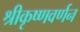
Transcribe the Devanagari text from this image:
श्रीकृष्णवर्णन